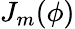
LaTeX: J_{m}(\phi)